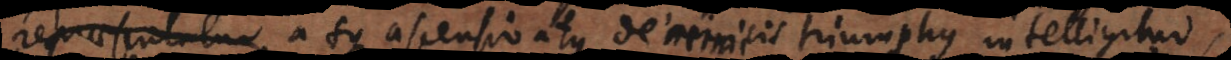
repraesentatur ascensio atque de inimicis triumphus intelligitur,